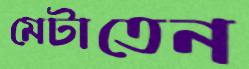
মেটাতেন